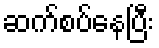
ဆက်စပ်နေပြီး